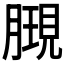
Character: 𣎔